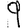
Digit: 9